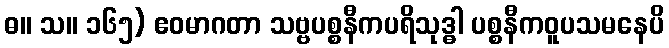
ဓ။ သ။ ၁၆၅) ဧဝမာဂတာ သဗ္ဗပစ္စနီကပရိသုဒ္ဓါ ပစ္စနီကဝူပသမနေပိ